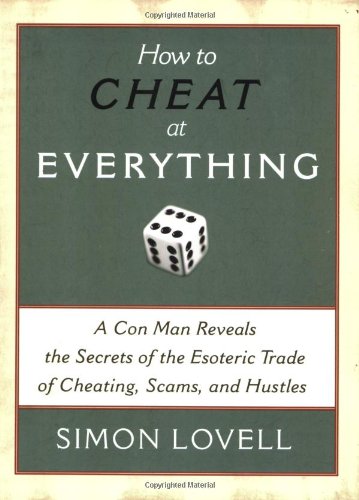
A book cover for How to Cheat at Everything: A Con Man Reveals the Secrets of the Esoteric Trade of Cheating, Scams, and Hustles; Simon Lovell; Humor & Entertainment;